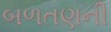
બળતણની